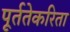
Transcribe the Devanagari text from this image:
पूर्ततेकरिता